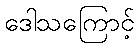
ဒေါသကြောင့်